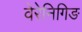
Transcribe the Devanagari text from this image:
वेरेनिगिङ